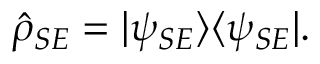
\hat { \rho } _ { S E } = \vert \psi _ { S E } \rangle \langle \psi _ { S E } \vert .